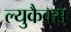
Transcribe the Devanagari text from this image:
ल्युकैक्स